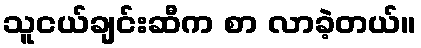
သူငယ်ချင်းဆီက စာ လာခဲ့တယ်။